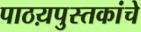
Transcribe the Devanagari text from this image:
पाठय़पुस्तकांचे